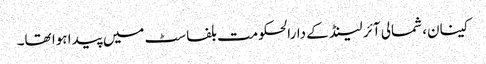
کینان، شمالی آئر لینڈ کے دارالحکومت بلفاسٹ میں پیدا ہوا تھا۔